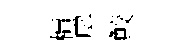
檟戽鮫